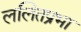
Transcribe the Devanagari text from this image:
ललितप्रभा